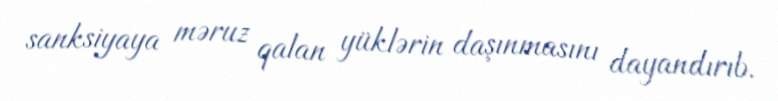
sanksiyaya məruz qalan yüklərin daşınmasını dayandırıb.